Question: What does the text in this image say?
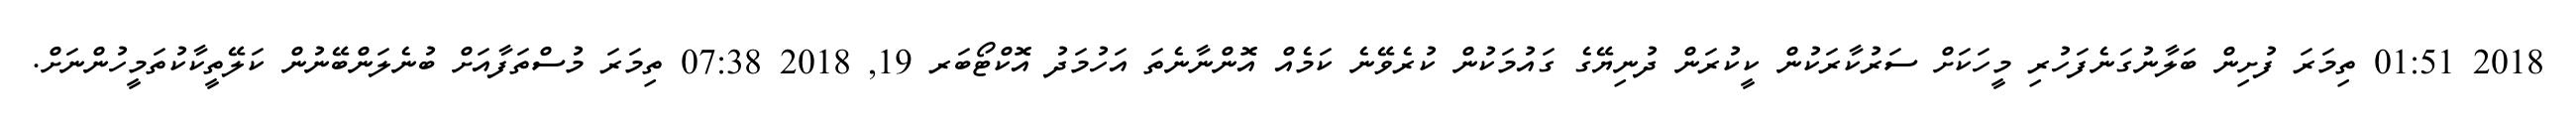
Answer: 2018 01:51 ތިމަރަ ފުށިން ބަލާނުގަނެފަހުރި މީހަކަށް ސަރުކާރަކުން ކީކުރަން ދުނިޔޭގެ ގައުމަކުން ކުރެވޭނެ ކަމެއް އޮންނާނެތަ އަހުމަދު އޮކްޓޯބަރ 19, 2018 07:38 ތިމަރަ މުސްތަފާއަށް ބުނެލަންބޭނުން ކަލޭތީކާކުތަމީހުންނަށް.